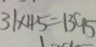
3 1 \times 4 5 = 1 3 9 5